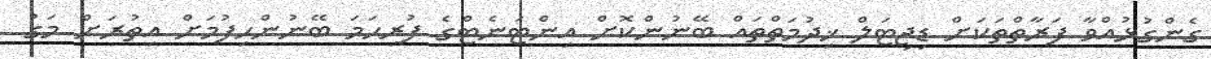
ގެންގުޅުއްވާ ފަރާތްތަކަށް ޑިޖިޓަލް ޚިދުމަތްތައް ބޭނުންކޮށް އިންޓަނެޓްގެ ފުރިހަމަ ބޭނުންހިފުމަށް އިތުރަށް މަގު